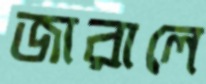
জারালে